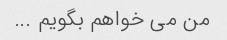
من می خواهم بگویم ...